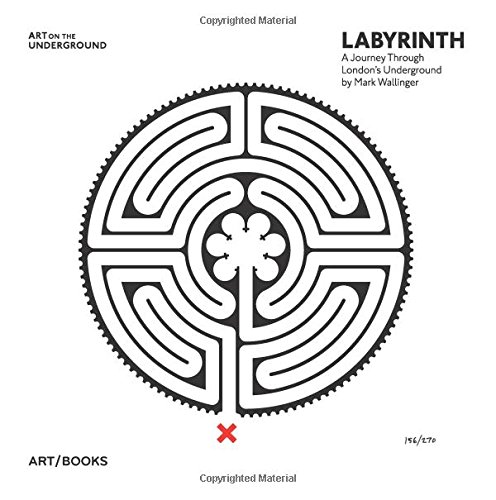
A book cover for Mark Wallinger: Labyrinth: A Journey Through London's Underground (Art on the Underground); Christian Wolmar; Arts & Photography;